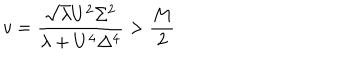
v = \frac { \sqrt { \lambda } U ^ { 2 } \Sigma ^ { 2 } } { \lambda + U ^ { 4 } \Delta ^ { 4 } } > \frac { M } { 2 }